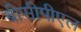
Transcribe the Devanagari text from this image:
बीसीपीएल